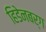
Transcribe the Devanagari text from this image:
हिडेनबर्ग